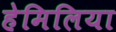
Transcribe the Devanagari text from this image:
हेमिलिया